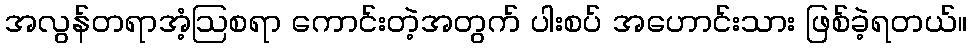
အလွန်တရာအံ့ဩစရာ ကောင်းတဲ့အတွက် ပါးစပ် အဟောင်းသား ဖြစ်ခဲ့ရတယ်။